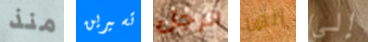
منذ تسيرين الرجل إنها إلى